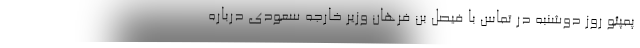
پمپئو روز دوشنبه در تماس با فیصل بن فرهان وزیر خارجه سعودی درباره